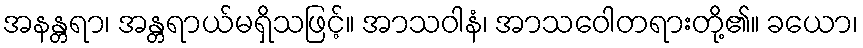
အနန္တရာ၊ အန္တရာယ်မရှိသဖြင့်။ အာသဝါနံ၊ အာသဝေါတရားတို့၏။ ခယော၊